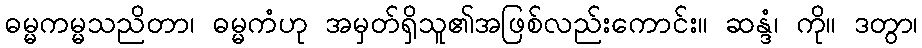
ဓမ္မကမ္မသညိတာ၊ ဓမ္မကံဟု အမှတ်ရှိသူ၏အဖြစ်လည်းကောင်း။ ဆန္ဒံ၊ ကို။ ဒတွာ၊